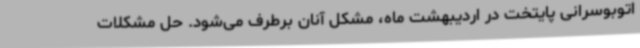
اتوبوسرانی پایتخت در اردیبهشت ماه، مشکل آنان برطرف می‌شود. حل مشکلات